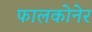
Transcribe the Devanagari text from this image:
फालकोनेर